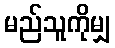
မည်သူကိုမျှ